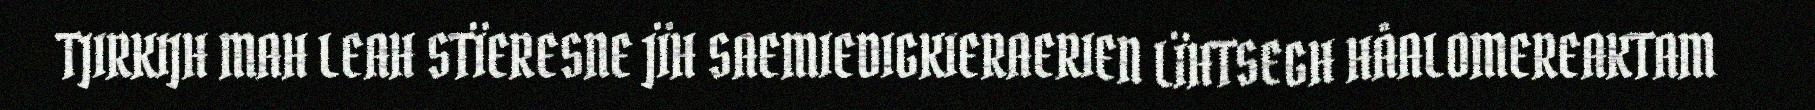
TJIRKIJH MAH LEAH STÏERESNE JÏH SAEMIEDIGKIERAERIEN LÏHTSEGH HÅALOMEREAKTAM